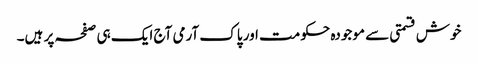
خوش قسمتی سے موجودہ حکومت اور پاک آرمی آج ایک ہی صفحہ پر ہیں۔